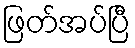
ဖြတ်အပ်ပြီ